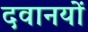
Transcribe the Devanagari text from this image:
दवानयों